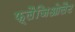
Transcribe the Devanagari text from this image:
फ्लैजिओलैट